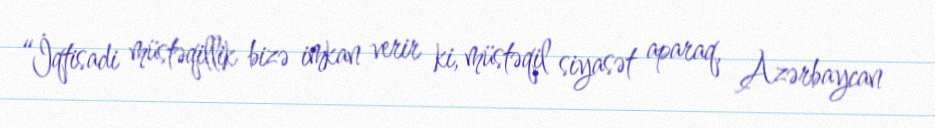
“İqtisadi müstəqillik bizə imkan verir ki, müstəqil siyasət aparaq, Azərbaycan